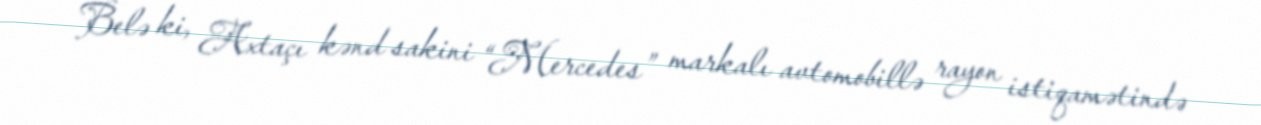
Belə ki, Axtaçı kənd sakini “Mercedes” markalı avtomobillə rayon istiqamətində